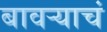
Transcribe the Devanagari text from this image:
बावऱ्याचं